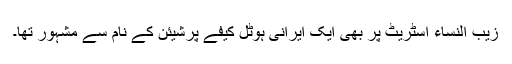
زیب النساء اسٹریٹ پر بھی ایک ایرانی ہوٹل کیفے پرشیئن کے نام سے مشہور تھا۔